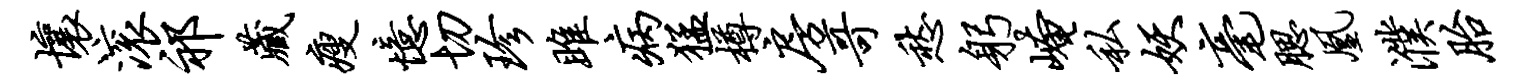
壤滚祁藏瘦忆切珍雎病猛樽房哥愁躬崦私妖毫腮凰濮胎